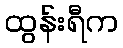
ထွန်းရီက